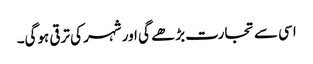
اسی سے تجارت بڑھے گی اور شہر کی ترقی ہوگی۔